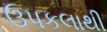
ઉપકલાથી